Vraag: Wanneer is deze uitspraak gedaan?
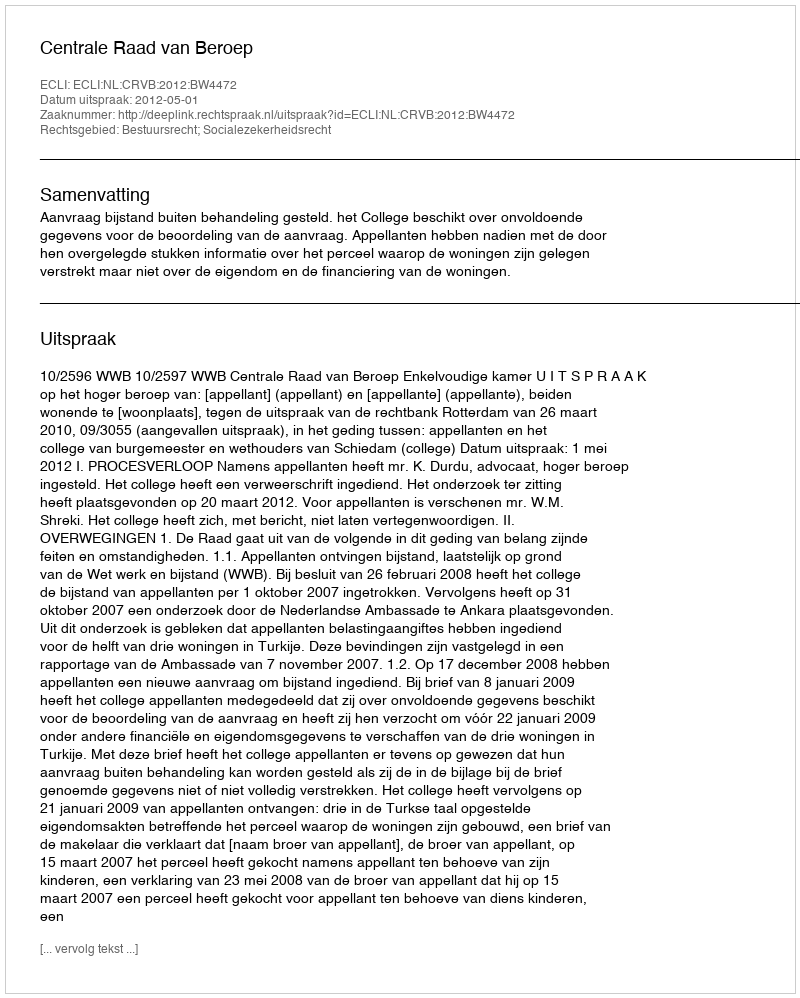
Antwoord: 2012-05-01